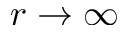
r \to \infty